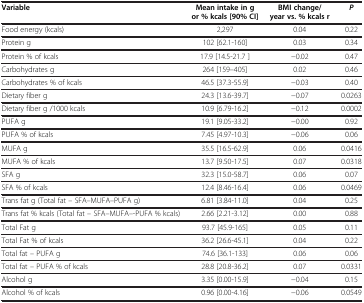
<table><thead><tr><td><b>Variable</b></td><td><b>Mean intake in g or % kcals [90% CI]</b></td><td><b>BMI change/year vs. % kcals r</b></td><td><b><i>P</i></b></td></tr></thead><tbody><tr><td>Food energy (kcals)</td><td>2,297</td><td>0.04</td><td>0.22</td></tr><tr><td>Protein g</td><td>102 [62.1-160]</td><td>0.03</td><td>0.34</td></tr><tr><td>Protein % of kcals</td><td>17.9 [14.5-21.7 ]</td><td>−0.02</td><td>0.47</td></tr><tr><td>Carbohydrates g</td><td>264 [159–405]</td><td>0.02</td><td>0.46</td></tr><tr><td>Carbohydrates % of kcals</td><td>46.5 [37.3-55.9]</td><td>−0.03</td><td>0.40</td></tr><tr><td>Dietary fiber g</td><td>24.3 [13.6-39.7]</td><td>−0.07</td><td>0.0263</td></tr><tr><td>Dietary fiber g /1000 kcals</td><td>10.9 [6.79-16.2]</td><td>−0.12</td><td>0.0002</td></tr><tr><td>PUFA g</td><td>19.1 [9.05-33.2]</td><td>−0.00</td><td>0.92</td></tr><tr><td>PUFA % of kcals</td><td>7.45 [4.97-10.3]</td><td>−0.06</td><td>0.06</td></tr><tr><td>MUFA g</td><td>35.5 [16.5-62.9]</td><td>0.06</td><td>0.0416</td></tr><tr><td>MUFA % of kcals</td><td>13.7 [9.50-17.5]</td><td>0.07</td><td>0.0318</td></tr><tr><td>SFA g</td><td>32.3 [15.0-58.7]</td><td>0.06</td><td>0.07</td></tr><tr><td>SFA % of kcals</td><td>12.4 [8.46-16.4]</td><td>0.06</td><td>0.0469</td></tr><tr><td>Trans fat g (Total fat – SFA–MUFA–PUFA g)</td><td>6.81 [3.84-11.0]</td><td>0.04</td><td>0.25</td></tr><tr><td>Trans fat % kcals (Total fat – SFA–MUFA–-PUFA % kcals)</td><td>2.66 [2.21-3.12]</td><td>0.00</td><td>0.88</td></tr><tr><td>Total Fat g</td><td>93.7 [45.9-165]</td><td>0.05</td><td>0.11</td></tr><tr><td>Total Fat % of kcals</td><td>36.2 [26.6-45.1]</td><td>0.04</td><td>0.22</td></tr><tr><td>Total fat – PUFA g</td><td>74.6 [36.1-133]</td><td>0.06</td><td>0.06</td></tr><tr><td>Total fat – PUFA % of kcals</td><td>28.8 [20.8-36.2]</td><td>0.07</td><td>0.0331</td></tr><tr><td>Alcohol g</td><td>3.35 [0.00-15.9]</td><td>−0.04</td><td>0.15</td></tr><tr><td>Alcohol % of kcals</td><td>0.96 [0.00-4.16]</td><td>−0.06</td><td>0.0549</td></tr></tbody></table>